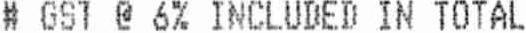
# GST @ 6% INCLUDED IN TOTAL